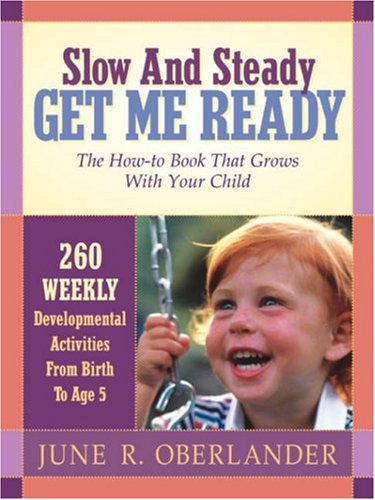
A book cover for Slow and Steady Get Me Ready; June Oberlander; Education & Teaching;